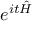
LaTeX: e ^ { i t { \hat { H } } }